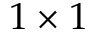
1 \times 1